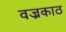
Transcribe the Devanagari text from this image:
वज्रकाठ